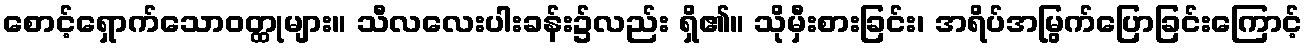
စောင့်ရှောက်သောဝတ္ထုများ။ သီလလေးပါးခန်း၌လည်း ရှိ၏။ သိုမှီးစားခြင်း၊ အရိပ်အမြွက်ပြောခြင်းကြောင့်